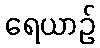
ရေယာဉ်